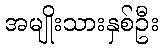
အမျိုးသားနှစ်ဦး